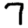
Digit: 7